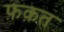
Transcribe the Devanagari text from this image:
फ़क़त